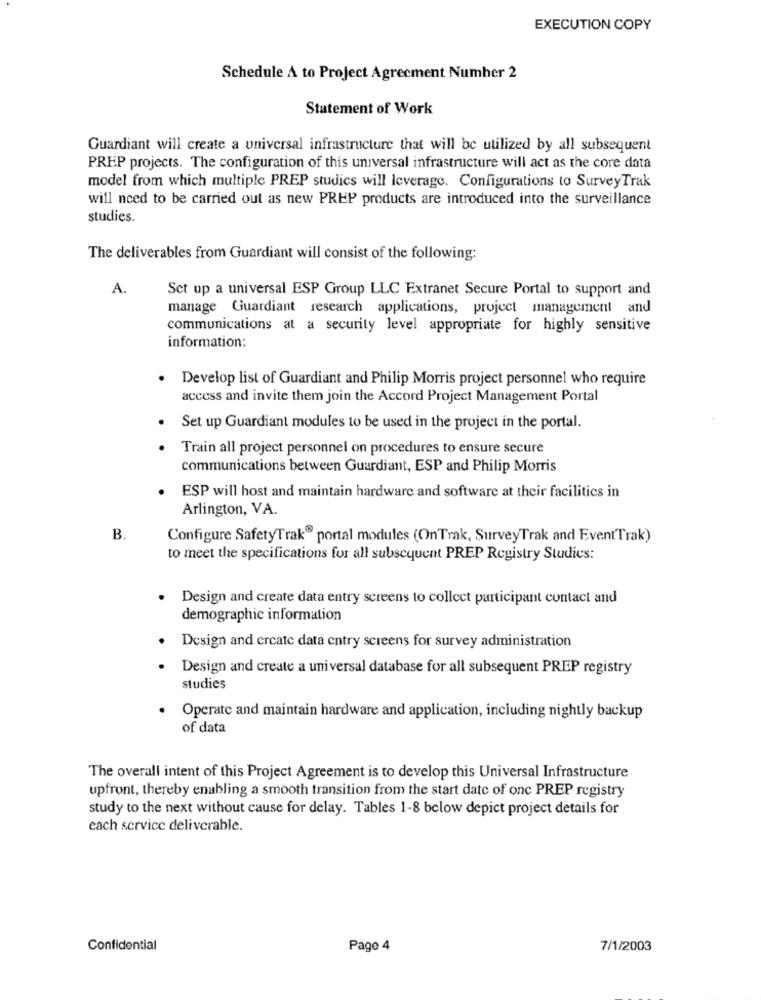
EXECUTION COPY
Schedule A to Project Agreement Numher 2
Statement of Work
Guardiant will create a universal infrastructure that will be utilized by all subsequent
PREP projects. The configuration of this universal infrastructure will act as the core data
model from which multiple PREP studics will leverage. Configurations to SurveyTrak
will need to be carried out as new PREP products are introduced into the surveillance
studies.
The deliverables from Guardiant will consist of the following:
A.
Set up a universal ESP Group LLC Extranet Secure Portal to support and
manage Guardiant research applications, project management and
communications at a security level appropriate for highly sensitive
information:
. Develop list of Guardiant and Philip Morris project personnel who require
access and invite them join the Accord Project Management Portal
Set up Guardiant modules to be used in the project in the portal.
Train all project personnel on procedures to ensure secure
communications between Guardiant, ESP and Philip Morris
. ESP will host and maintain hardware and software at their facilities in
Arlington, VA.
B
Configure SafetyTrak® portal modules (OnTrak, SurveyTrak and EventTrak)
to meet the specifications for all subsequent PREP Registry Studies:
Design and create data entry screens to collect participant contact and
demographic information
Design and create data entry screens for survey administration
Design and create a universal database for all subsequent PREP registry
studies
Operatc and maintain hardware and application, including nightly backup
of data
The overall intent of this Project Agreement is to develop this Universal Infrastructure
upfront, thereby enabling a smooth transition from the start date of onc PREP registry
study to the next without cause for delay. Tables 1-8 bclow depict project details for
each service deliverable.
Confidential
Page 4
7/1/2003